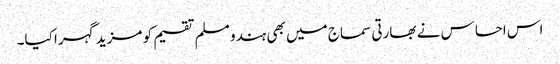
اس احساس نے بھارتی سماج میں بھی ہندو مسلم تقسیم کو مزید گہرا کیا۔